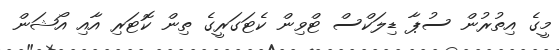
މީގެ އިތުރުން ސުޕާ ޑިލަކްސް ޓްވިން ކެޓަގަރީގެ ތިން ކޮޓަރި އާއި އޯޝަން